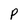
Character: P